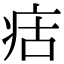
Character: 㽽